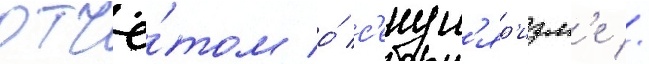
отчё́том о́ с'екул'яр'изм'е //